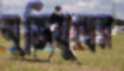
মুক্তিযুদ্বের